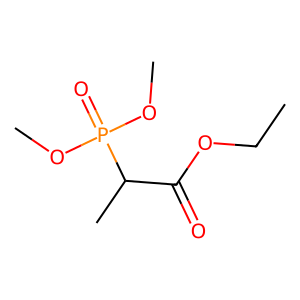
SMILES: CCOC(=O)C(C)P(=O)(OC)OC
Inhibits HIV replication: No